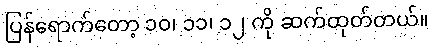
ပြန်ရောက်တော့ ၁၀၊ ၁၁၊ ၁၂ ကို ဆက်ထုတ်တယ်။